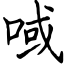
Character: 㖪